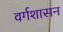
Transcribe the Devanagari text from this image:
वर्गशासन